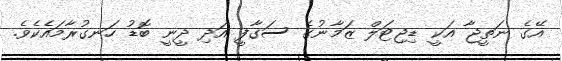
އޭގެ ނަތީޖާ އަކީ ޑިޖިޓަލް ޒަމާނުގެ ސަގާފީ އަދި ދީނީ ބޮޑު ހަނގުރާމައެކެވެ.